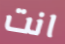
انت